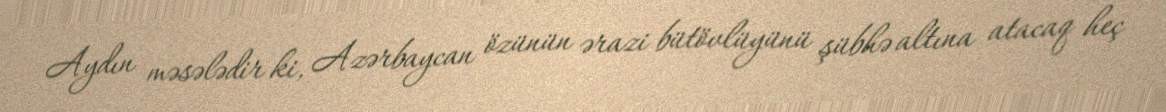
Aydın məsələdir ki, Azərbaycan özünün ərazi bütövlüyünü şübhə altına atacaq heç